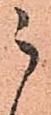
被